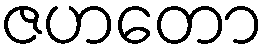
ဇဟတော